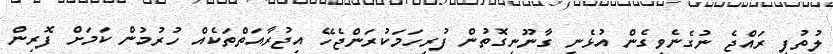
ލުތުފީ ރައްޖެ ނުގެނެވިގެން އުޅެނީ ގާނޫނީގޮތުން ފުރިހަމަކުރަންޖެހޭ އިޖުރާއަތްތަކެއް ހުރުމުން ކަމަށް ފޮރިން